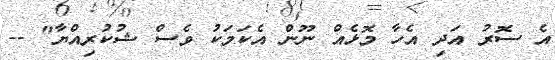
އެ ސޮރު އަދި އެހާ މޮޅެއް ނޫން އެކަމަކު ވެސް ޝުކުރިއްޔާ" --